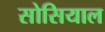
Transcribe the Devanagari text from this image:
सोसियाल